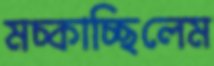
মচ্‌কাচ্ছিলেম